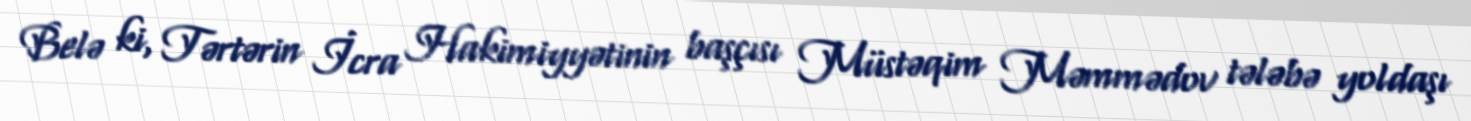
Belə ki, Tərtərin İcra Hakimiyyətinin başçısı Müstəqim Məmmədov tələbə yoldaşı